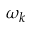
\omega _ { k }